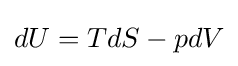
dU=TdS-pdV